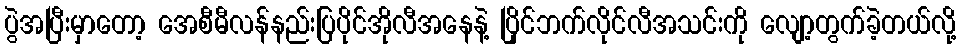
ပွဲအပြီးမှာတော့ အေစီမီလန်နည်းပြပိုင်အိုလီအနေနဲ့ ပြိုင်ဘက်လိုင်လီအသင်းကို လျော့တွက်ခဲ့တယ်လို့